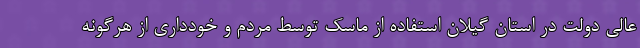
عالی دولت در استان گیلان استفاده از ماسک توسط مردم و خودداری از هرگونه